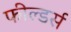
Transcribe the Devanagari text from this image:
फील्डर्स